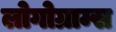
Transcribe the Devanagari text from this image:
लोगोग्राम्स